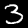
Label: 3